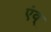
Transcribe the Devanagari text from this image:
एंव्